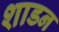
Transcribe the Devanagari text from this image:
शाडन